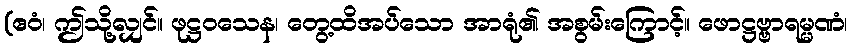
(ဧဝံ၊ ဤသို့လျှင်။ ဖုဋ္ဌဝသေန၊ တွေ့ထိအပ်သော အာရုံ၏ အစွမ်းကြောင့်။ ဖောဋ္ဌဗ္ဗာရမ္မဏံ၊